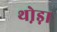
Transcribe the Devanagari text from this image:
थो़ड़ा